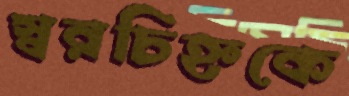
স্বরচিহ্নকে